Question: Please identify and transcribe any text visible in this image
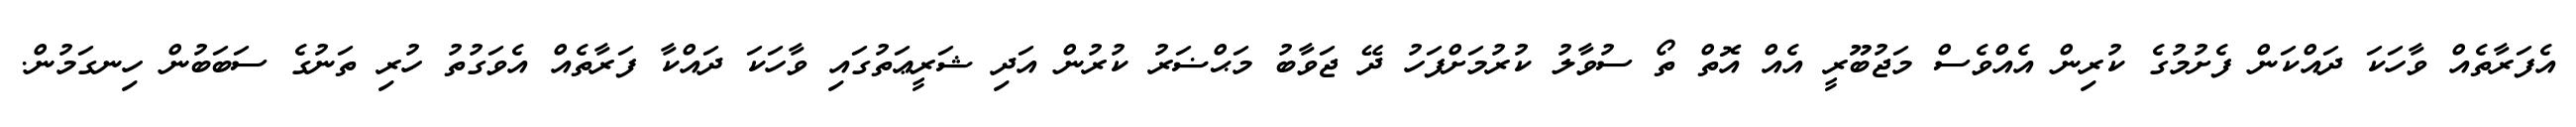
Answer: އެފަރާތެއް ވާހަކަ ދައްކަން ފެށުމުގެ ކުރިން އެއްވެސް މަޖުބޫރީ އެއް އޮތް ތޯ ސުވާލު ކުރުމަށްފަހު ދޭ ޖަވާބު މަޙްޟަރު ކުރުން އަދި ޝަރީޢަތުގައި ވާހަކަ ދައްކާ ފަރާތެއް އެވަގުތު ހުރި ތަނުގެ ސަބަބުން ހިނގަމުން.